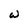
Character: w